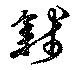
錢